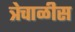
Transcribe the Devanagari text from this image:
त्रेचाळीस